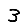
Digit: 3